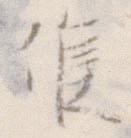
候